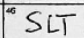
Transcription: SLT